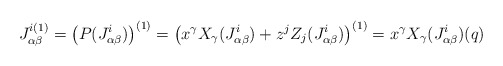
\begin{align*} J_{\alpha\beta}^{i(1)}=\left(P(J_{\alpha\beta}^{i})\right)^{(1)} =\big{(}x^\gamma X_\gamma(J_{\alpha\beta}^{i})+z^j Z_j(J_{\alpha\beta}^{i})\big{)}^{(1)} =x^\gamma X_\gamma(J_{\alpha\beta}^{i})(q) \end{align*}